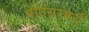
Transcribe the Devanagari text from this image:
श्रीउसस्बेर्री